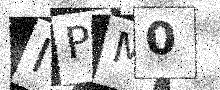
Text: IPM0